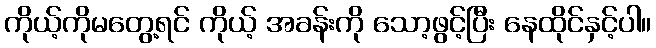
ကိုယ့်ကိုမတွေ့ရင် ကိုယ့် အခန်းကို သော့ဖွင့်ပြီး နေထိုင်နှင့်ပါ။